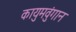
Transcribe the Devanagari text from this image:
कायुमवुंगान